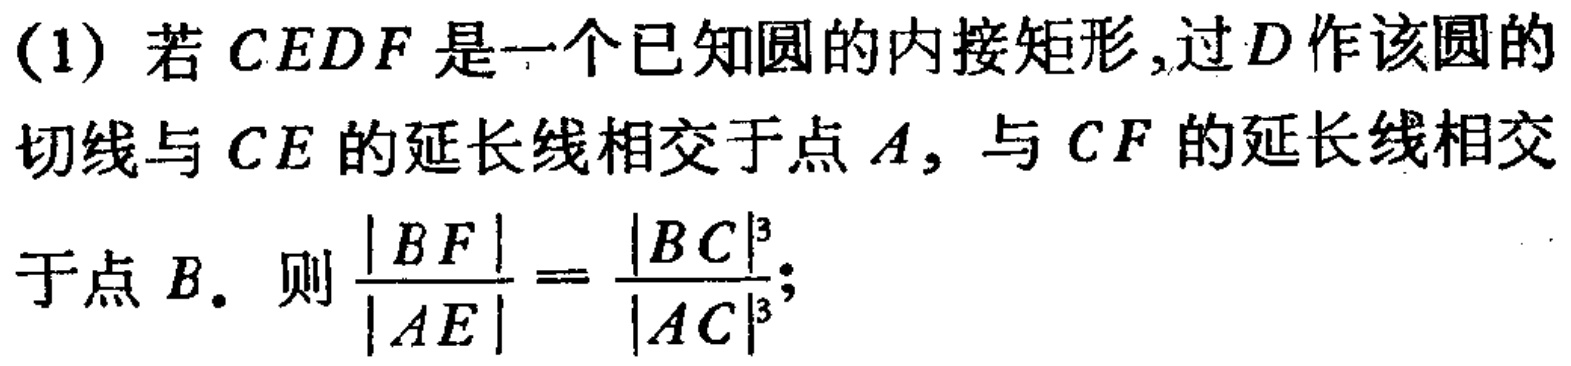
(1) 若 \(CEDF\) 是一个已知圆的内接矩形,过 \(D\) 作该圆的切线与 \(CE\) 的延长线相交于点 \(A\), 与 \(CF\) 的延长线相交于点 \(B\). 则 \(\frac{|BF|}{|AE|}=\frac{|BC|^{3}}{|AC|^{3}}\);